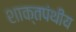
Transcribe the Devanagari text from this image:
शाक्तपंथीय